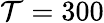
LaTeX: \mathcal{T}=300